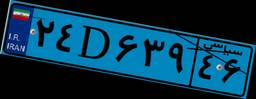
۲۴D۶۳۹۴۶